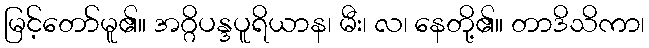
မြင့်တော်မူ၏။ အဂ္ဂိပန္ဒပူရိယာန၊ မီး၊ လ၊ နေတို့၏။ တာဒိသိကာ၊